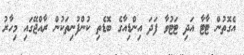
އެގޮތުން ޓާޓާ އަދި ޓަޓުވާ ފަދަ އިންޑިއާގެ ބޮޑެތި ކުންފުނިތަކުން ރާއްޖޭގައި މިހާރު